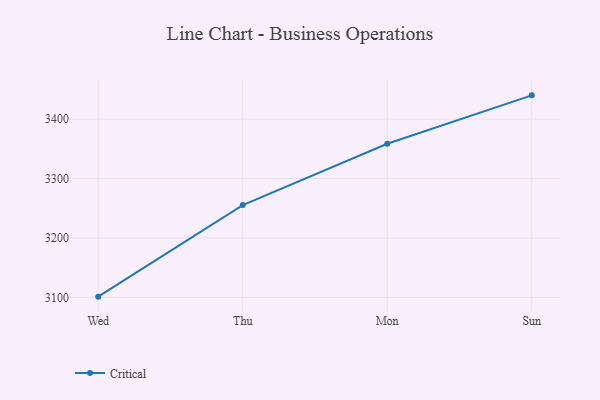
{"axis": {"x": "Day", "y": "Conversion Rate (%)"}, "legend": ["Critical"], "data": [{"x": "Wed", "y": 3101.1, "type": "Critical"}, {"x": "Thu", "y": 3255.3, "type": "Critical"}, {"x": "Mon", "y": 3358.5, "type": "Critical"}, {"x": "Sun", "y": 3440.1, "type": "Critical"}]}